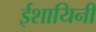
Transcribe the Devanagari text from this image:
ईशायिनी